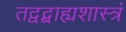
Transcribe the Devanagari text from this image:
तद्वद्बाह्यशास्त्रं